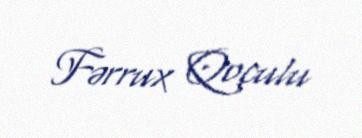
Fərrux Qoçulu